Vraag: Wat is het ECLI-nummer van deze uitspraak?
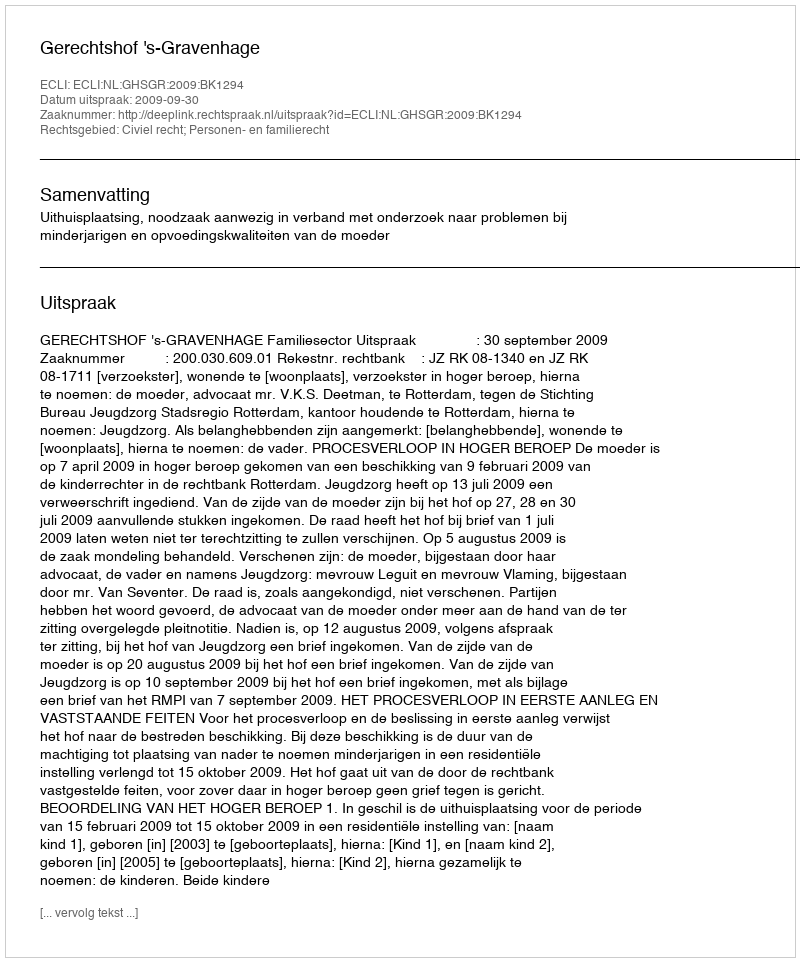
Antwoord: ECLI:NL:GHSGR:2009:BK1294